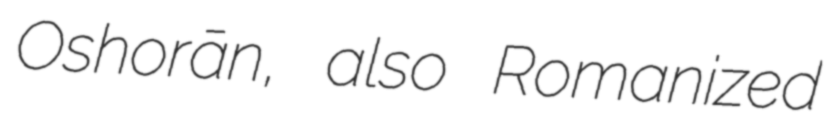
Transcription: Oshṫorān, also Romanized